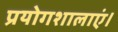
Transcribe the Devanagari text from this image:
प्रयोगशालाएं।